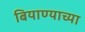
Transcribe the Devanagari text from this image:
बियाण्याच्या